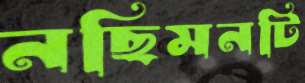
নছিমনটি